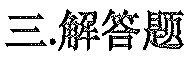
三.解答题